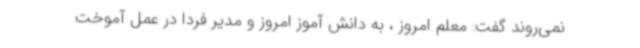
نمی‌روند گفت: معلم امروز ، به دانش آموز امروز و مدیر فردا در عمل آموخت